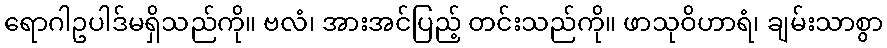
ရောဂါဥပါဒ်မရှိသည်ကို။ ဗလံ၊ အားအင်ပြည့် တင်းသည်ကို။ ဖာသုဝိဟာရံ၊ ချမ်းသာစွာ